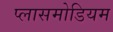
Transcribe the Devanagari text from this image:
प्लासमोडियम